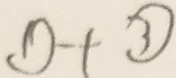
\textcircled { 1 } + \textcircled { 3 }